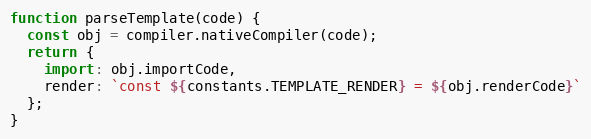
Language: JavaScript
function parseTemplate(code) {
  const obj = compiler.nativeCompiler(code);
  return {
    import: obj.importCode,
    render: `const ${constants.TEMPLATE_RENDER} = ${obj.renderCode}`
  };
}